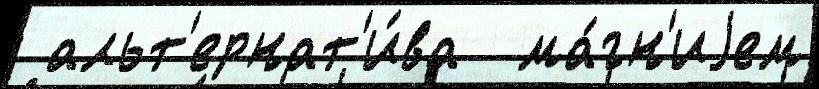
 альт'ернат'и́ва  ма́гн'иjем